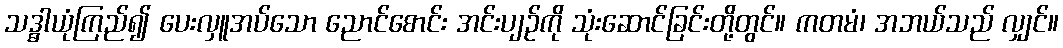
သဒ္ဓါယုံကြည်၍ ပေးလှူအပ်သော ညောင်စောင်း အင်းပျဉ်ကို သုံးဆောင်ခြင်းတို့တွင်။ ကတမံ၊ အဘယ်သည် လျှင်။